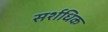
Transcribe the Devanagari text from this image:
सर्शधिक